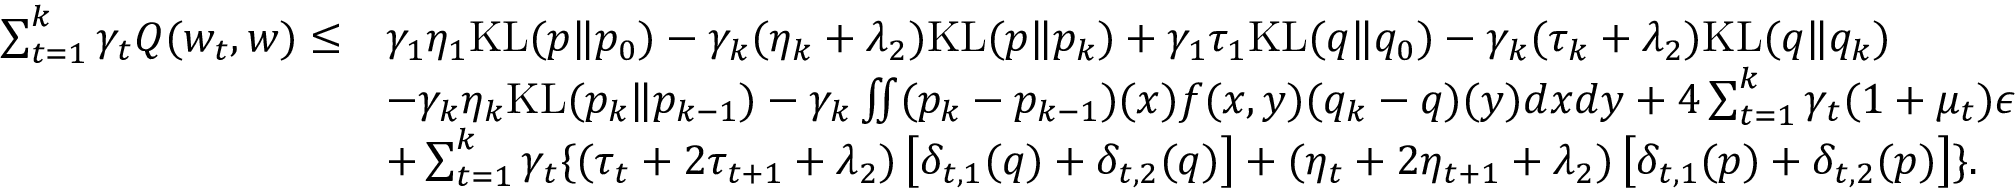
\begin{array} { r l } { \sum _ { t = 1 } ^ { k } \gamma _ { t } Q ( w _ { t } , w ) \leq } & { \gamma _ { 1 } \eta _ { 1 } \mathrm { K L } ( p \| p _ { 0 } ) - \gamma _ { k } ( \eta _ { k } + \lambda _ { 2 } ) \mathrm { K L } ( p \| p _ { k } ) + \gamma _ { 1 } \tau _ { 1 } \mathrm { K L } ( q \| q _ { 0 } ) - \gamma _ { k } ( \tau _ { k } + \lambda _ { 2 } ) \mathrm { K L } ( q \| q _ { k } ) } \\ & { - \gamma _ { k } \eta _ { k } \mathrm { K L } ( p _ { k } \| p _ { k - 1 } ) - \gamma _ { k } \iint ( p _ { k } - p _ { k - 1 } ) ( x ) f ( x , y ) ( q _ { k } - q ) ( y ) d x d y + 4 \sum _ { t = 1 } ^ { k } \gamma _ { t } ( 1 + \mu _ { t } ) \epsilon } \\ & { + \sum _ { t = 1 } ^ { k } \gamma _ { t } \{ ( \tau _ { t } + 2 \tau _ { t + 1 } + \lambda _ { 2 } ) \left[ \delta _ { t , 1 } ( q ) + \delta _ { t , 2 } ( q ) \right] + ( \eta _ { t } + 2 \eta _ { t + 1 } + \lambda _ { 2 } ) \left[ \delta _ { t , 1 } ( p ) + \delta _ { t , 2 } ( p ) \right] \} . } \end{array}